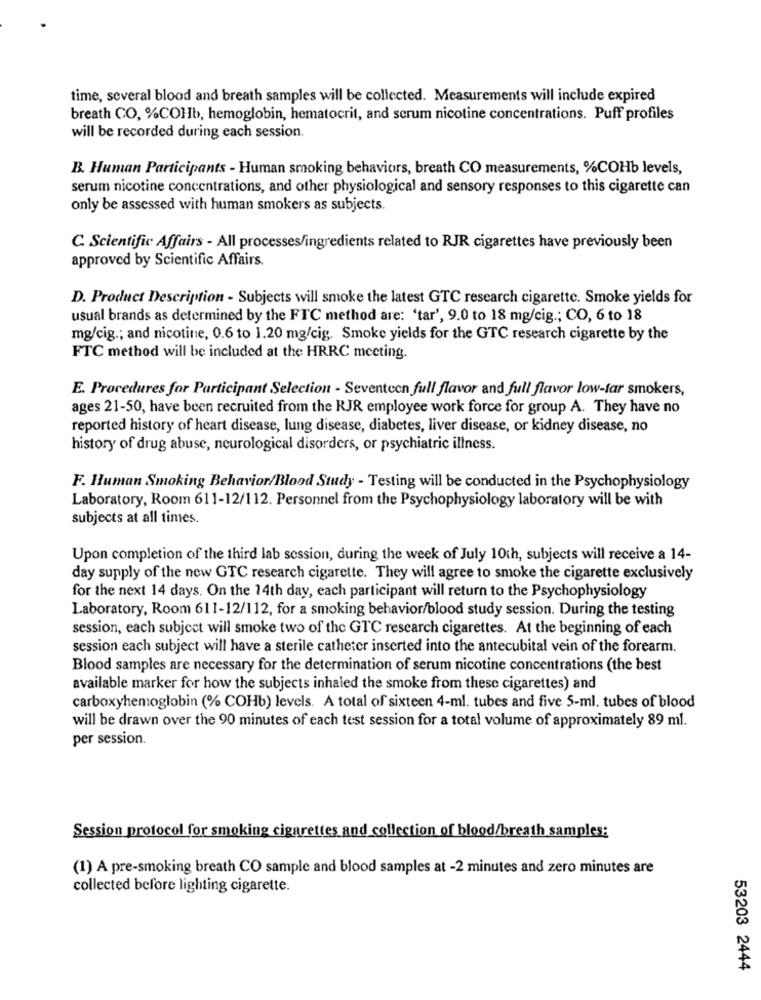
time, several blood and breath samples will be collected. Measurements will include expired
breath CO, %COHb, hemoglobin, hematocrit, and serum nicotine concentrations. Puff profiles
will be recorded during each session.
B. Human Participants - Human smoking behaviors, breath CO measurements, %COHb levels,
serum nicotine concentrations, and other physiological and sensory responses to this cigarette can
only be assessed with human smokers as subjects.
C. Scientific Affairs - All processes/ingredients related to RJR cigarettes have previously been
approved by Scientific Affairs.
D. Product Description - Subjects will smoke the latest GTC research cigarette. Smoke yields for
usual brands as determined by the FTC method are: 'tar', 9.0 to 18 mg/cig .; CO, 6 to 18
mg/cig .; and nicotine, 0.6 to 1.20 mg/cig. Smoke yields for the GTC research cigarette by the
FTC method will be included at the HRRC meeting.
E. Procedures for Participant Selection - Seventeen full flavor and full flavor low-tar smokers,
ages 21-50, have been recruited from the RJR employee work force for group A. They have no
reported history of heart disease, lung disease, diabetes, liver disease, or kidney disease, no
history of drug abuse, neurological disorders, or psychiatric illness.
F. Human Smoking Behavior/Blood Study - Testing will be conducted in the Psychophysiology
Laboratory, Room 611-12/112. Personnel from the Psychophysiology laboratory will be with
subjects at all times.
Upon completion of the third lab session, during the week of July 10th, subjects will receive a 14-
day supply of the new GTC research cigarette. They will agree to smoke the cigarette exclusively
for the next 14 days. On the 14th day, each participant will return to the Psychophysiology
Laboratory, Room 611-12/112, for a smoking behavior/blood study session. During the testing
session, each subject will smoke two of the GTC research cigarettes. At the beginning of each
session each subject will have a sterile catheter inserted into the antecubital vein of the forearm.
Blood samples are necessary for the determination of serum nicotine concentrations (the best
available marker for how the subjects inhaled the smoke from these cigarettes) and
carboxyhemoglobin (% COHb) levels. A total of sixteen 4-ml. tubes and five 5-ml. tubes of blood
will be drawn over the 90 minutes of each test session for a total volume of approximately 89 ml.
per session.
Session protocol for smoking cigarettes and collection of blood/breath samples:
(1) A pre-smoking breath CO sample and blood samples at -2 minutes and zero minutes are
collected before lighting cigarette.
53203 2444